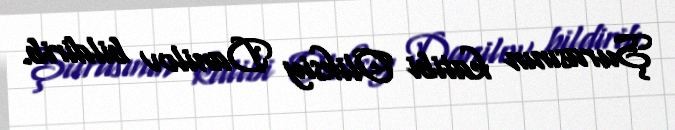
Şurasının katibi Oliksiy Danilov bildirib.